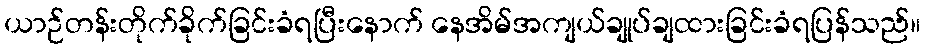
ယာဉ်တန်းတိုက်ခိုက်ခြင်းခံရပြီးနောက် နေအိမ်အကျယ်ချုပ်ချထားခြင်းခံရပြန်သည်။